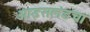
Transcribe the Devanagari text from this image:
आइसलंडचा